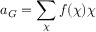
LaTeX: a _ { G } = \sum _ { \chi } f ( \chi ) \chi